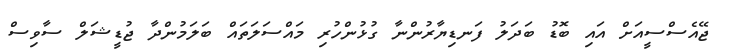
ޖޭއެސްސީއަށް އައި ބޮޑު ބަދަލު ފަނޑިޔާރުންނާ ގުޅުންހުރި މައްސަލަތައް ބަލަމުންދާ ޖުޑީޝަލް ސާވިސް